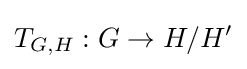
T_{G,H}:G\to H/H'